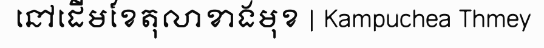
នៅដើមខែតុលាខាងមុខ | Kampuchea Thmey